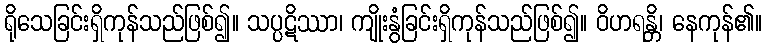
ရိုသေခြင်းရှိကုန်သည်ဖြစ်၍။ သပ္ပဋိဿာ၊ ကျိုးနွံခြင်းရှိကုန်သည်ဖြစ်၍။ ဝိဟရန္တိ၊ နေကုန်၏။